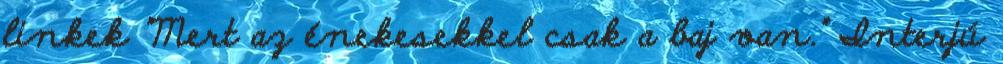
linkek "Mert az énekesekkel csak a baj van." Interjú